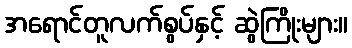
အရောင်တူလက်စွပ်နှင့် ဆွဲကြိုးများ။